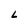
Character: L